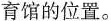
育馆的位置。